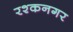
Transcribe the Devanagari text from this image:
रश्कनगर